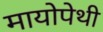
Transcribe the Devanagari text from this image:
मायोपेथी